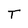
Character: T